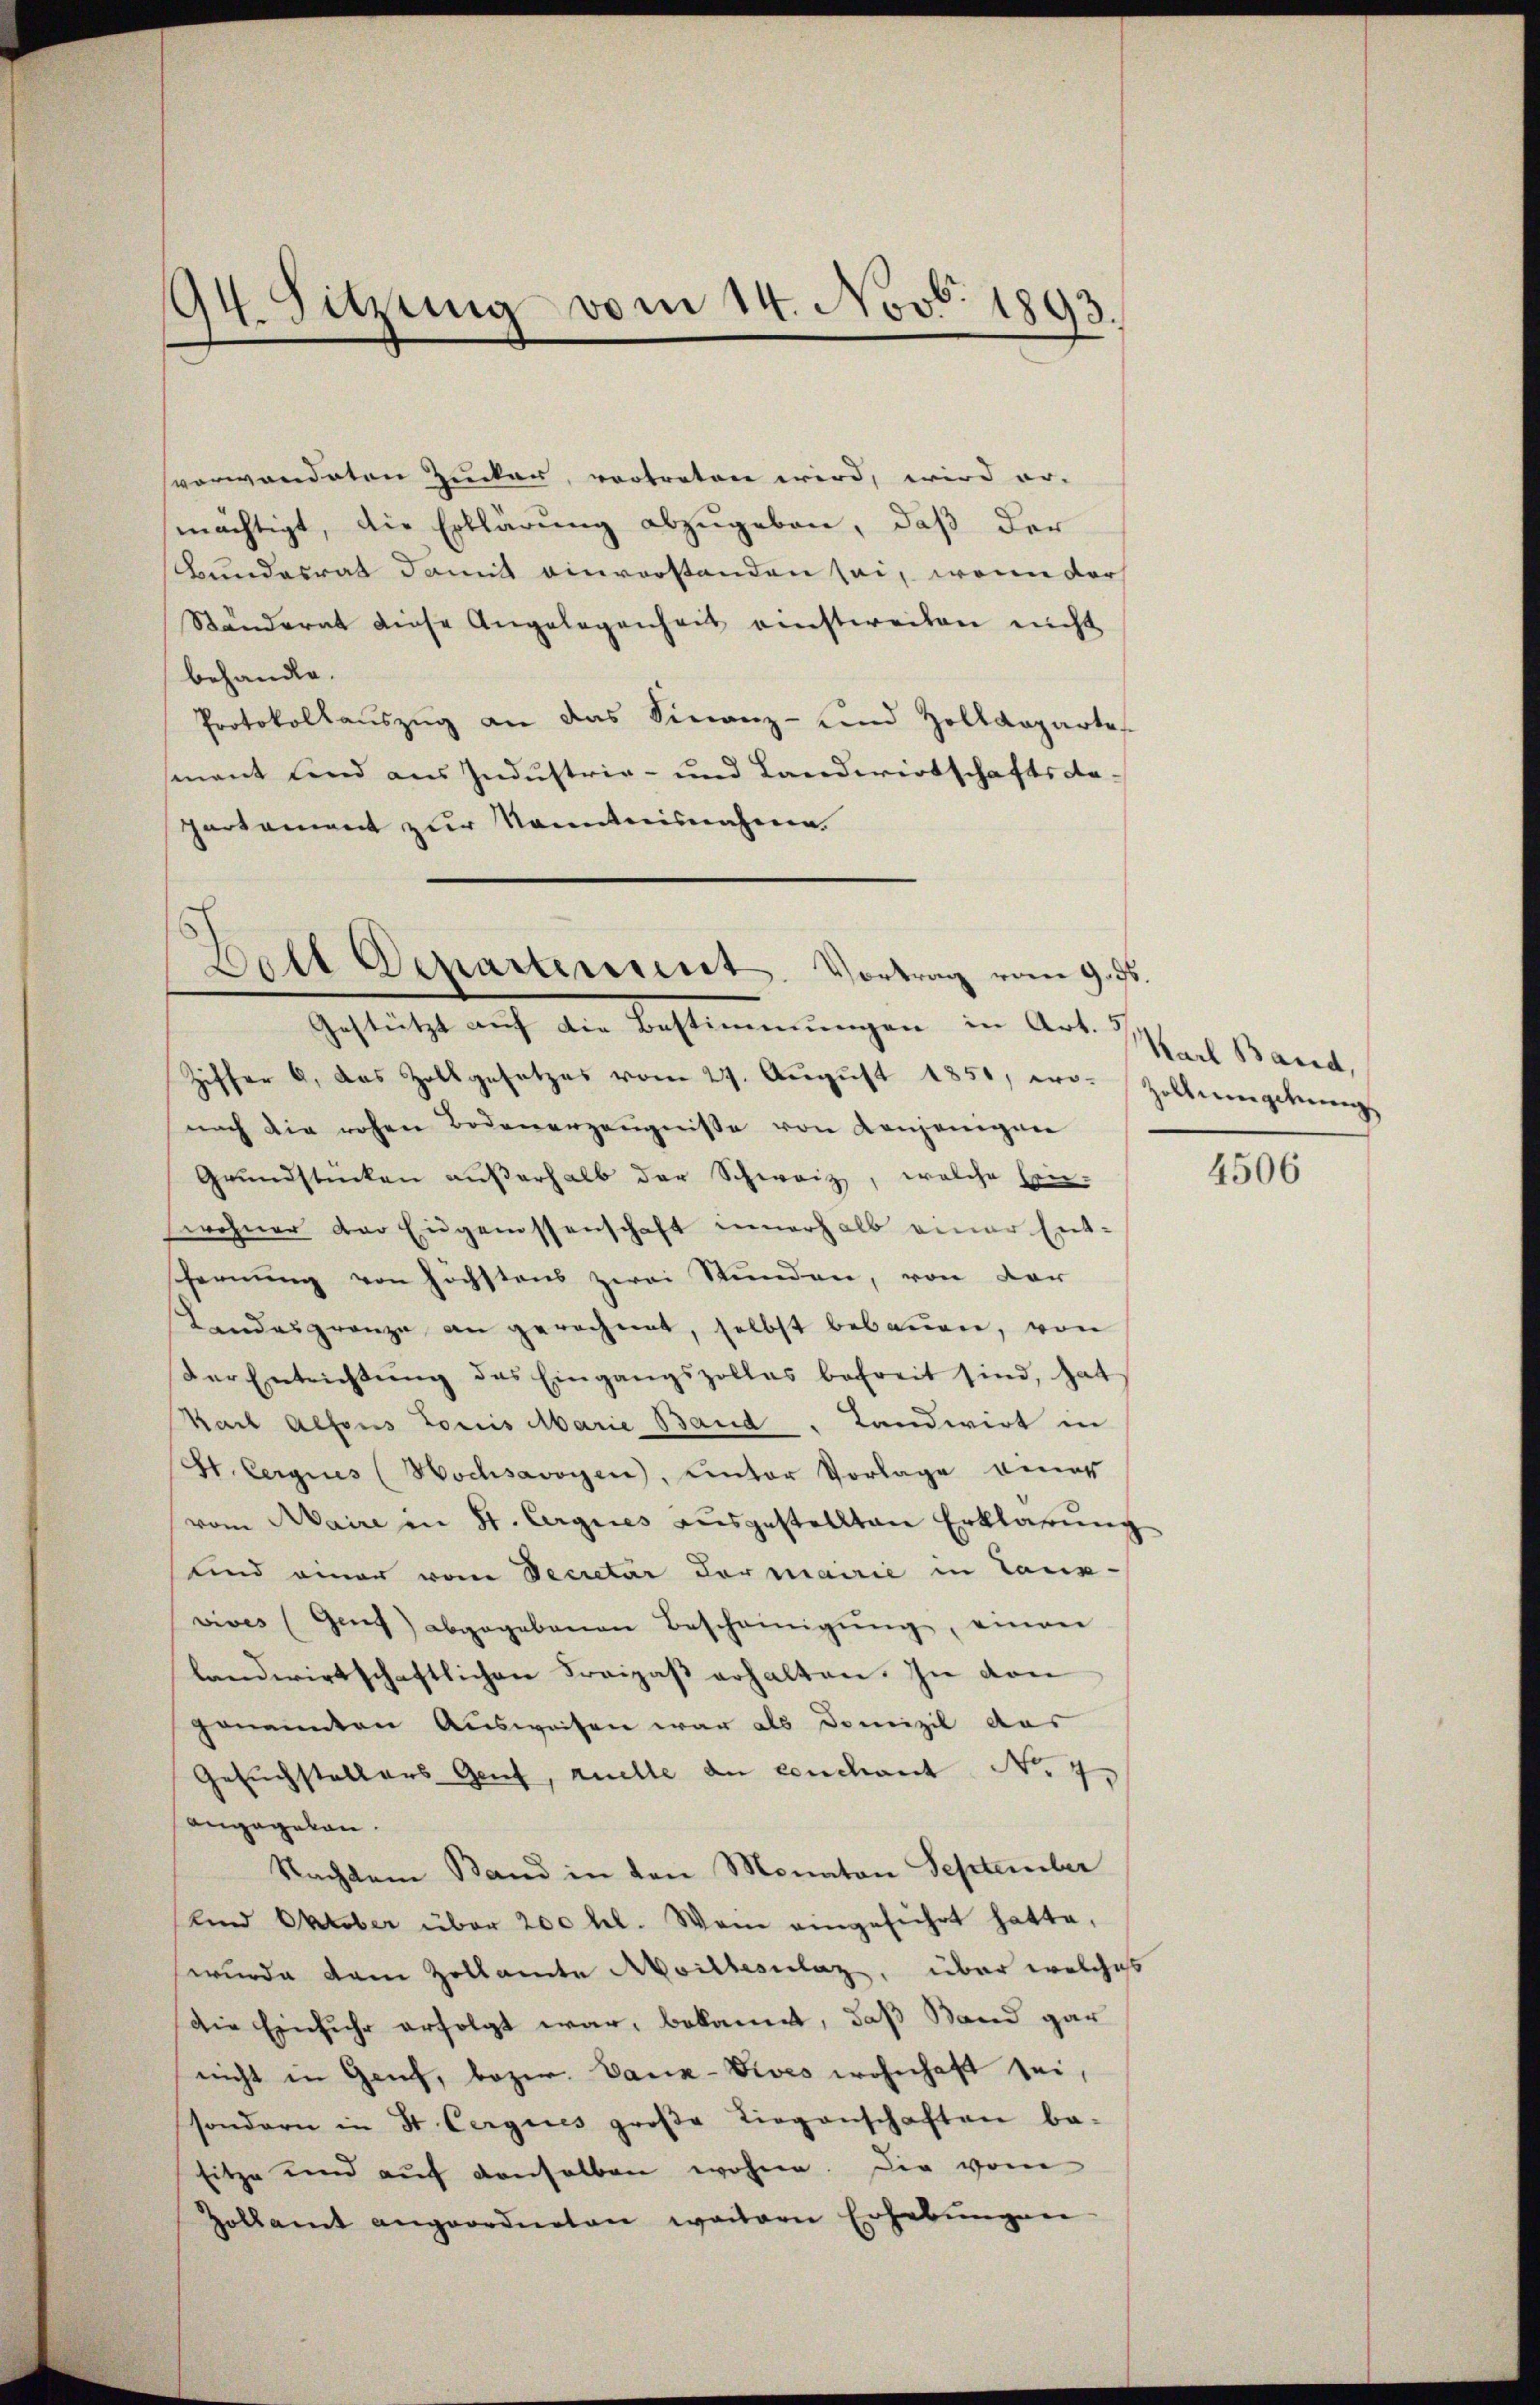
94. Sitzung vom 14. Nov. 1893.

sverwandeten Zucker, vortreten wird, wird er-
mächtigt, die Erklärung abzugeben, daß der
Bundesrat damit einverstanden sei, wenn der
Ständerat diese Angelegenheit einstweilen nicht
behandle.
Protokollauszug an das Finanz- und Zolldeparte
smnant lind aus Industrie- und Landwirtschaftsde-
partement zur Kenntnisnahme.
Ziffer 6. das Zollgesetzes vom 27. August 1851, wo- Zollmergehungs
nach die rohen Bodenerzeŭgnisse von denjenigen
Grundstücken außerhalb der Schweiz, welche Ein-
wohner der Eidgenossenschaft innerhalb einer Entfernung von höchstens zwei Stunden, von der
Landesgrenze an gerechnet, selbst bebauen, von
Der Entrichtŭng des Eingangszollas befreit sind, hat
Karl Alfons Louis Marie Band . Landwirt in
St. Vergnes Hochsavoyen, unter Vorlage eines
vom Maire in St. Argues aŭsgestellten Erklärung
und einer vom Decretär der mairie in Tanz-
vives (Genf) abgegebenen Bescheinigŭng, einen
landwirtschaftlichen Kreipaß erhalten. In den
genannten Ausweisen war als Domizil das
Gesuchstellers Genf, Quelle de condant No. 4.
angegeben.
Nachtem Band in den Monaten September
und Oktober über 200 hl. Wein eingeführt hatte,
wurde dem Zollamte Mittesnlaz, über welches
die Einfuhr erfolgt war, bekannt, daß Sand gar
nicht in Genf, bezw. Dank-Vives wohnhaft sei,
sondern in St. Cergies große Liegenschaften be-
sitze und auf denselben wohne. Die vom
Hollamt angeordneten weitern Erhebungen

Fall Departement. Vortrag vom 9. ds.
gestrichst auf den Bestimenungen in Art. Ister Kant

4506